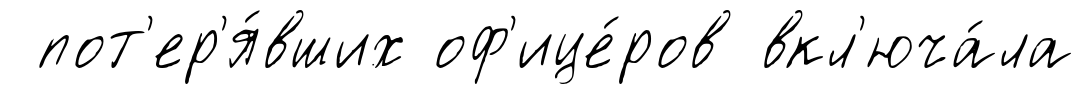
пот'ер'я́вших оф'ице́ров вкл'юча́ла